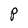
Character: P